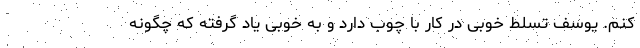
کنم. یوسف تسلط خوبی در کار با چوب دارد و به خوبی یاد گرفته که چگونه